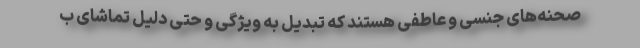
صحنه‌های جنسی و عاطفی هستند که تبدیل به ویژگی و حتی دلیل تماشای ب